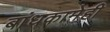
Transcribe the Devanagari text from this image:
बांधकामेही